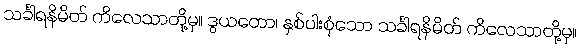
သင်္ခါရနိမိတ် ကိလေသာတို့မှ။ ဒွယတော၊ နှစ်ပါးစုံသော သင်္ခါရနိမိတ် ကိလေသာတို့မှ။